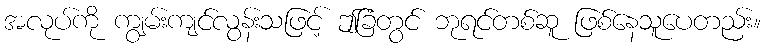
အလုပ်ကို ကျွမ်းကျင်လွန်းသဖြင့် ဤခြံတွင် ဘုရင်တစ်ဆူ ဖြစ်နေသူပေတည်း။